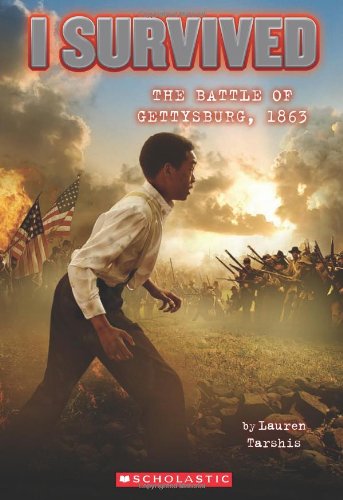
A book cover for I Survived #7: I Survived the Battle of Gettysburg, 1863; Lauren Tarshis; Children's Books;